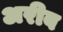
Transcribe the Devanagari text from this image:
अरीब